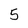
Character: 5